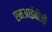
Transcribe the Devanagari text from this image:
एमआईबीजी